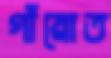
গাঁয়োত